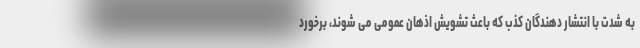
به شدت با انتشار دهندگان کذب که باعث تشویش اذهان عمومی می شوند، برخورد